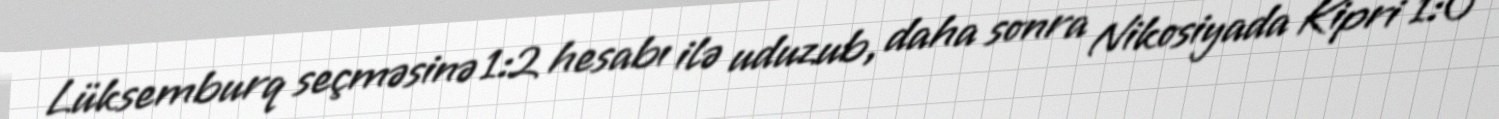
Lüksemburq seçməsinə 1:2 hesabı ilə uduzub, daha sonra Nikosiyada Kipri 1:0